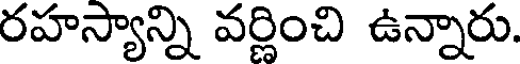
రహస్యాన్ని వర్ణించి ఉన్నారు.